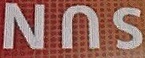
SUN